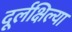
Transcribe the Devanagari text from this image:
दूर्लक्षिल्या